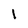
Character: l